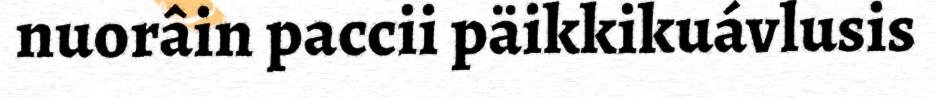
nuorâin paccii päikkikuávlusis